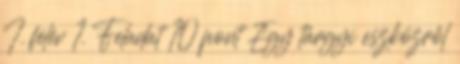
I. félév 1. Feladat 10 pont Egy tárgyi eszközről